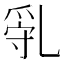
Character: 𠃿